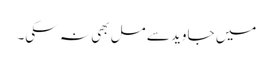
میں جاوید سے مل بھی نہ سکی۔